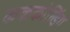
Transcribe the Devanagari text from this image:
कककोल्डिंग